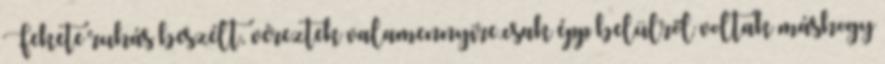
Fekete ruhás beszélt, véreztek valamennyire.csak épp belülről voltak máshogy